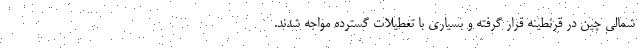
شمالی چین در قرنطینه قرار گرفته و بسیاری با تعطیلات گسترده مواجه شدند.